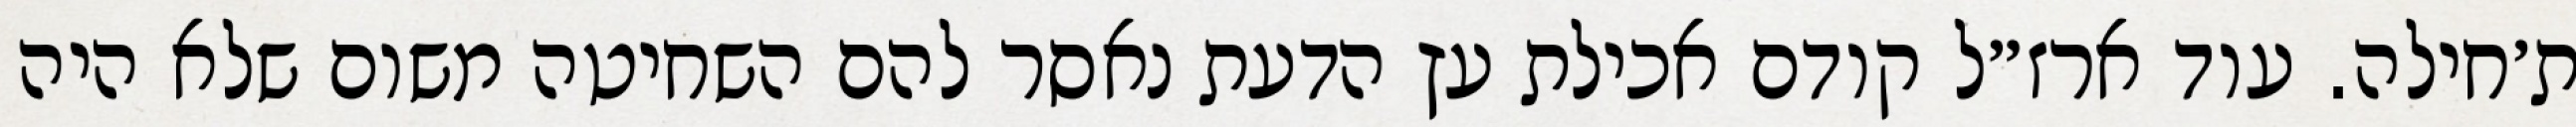
ת׳חילה. עוד ארז״ל קודם אכילת עץ הדעת נאסר להם השחיטה משום שלא היה